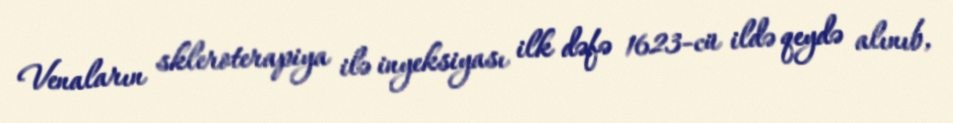
Venaların skleroterapiya ilə inyeksiyası ilk dəfə 1623-cü ildə qeydə alınıb,